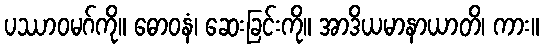
ပဿာဝမဂ်ကို။ ဓောဝနံ၊ ဆေးခြင်းကို။ အာဒိယမာနာယာတိ၊ ကား။